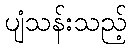
ပျံသန်းသည့်